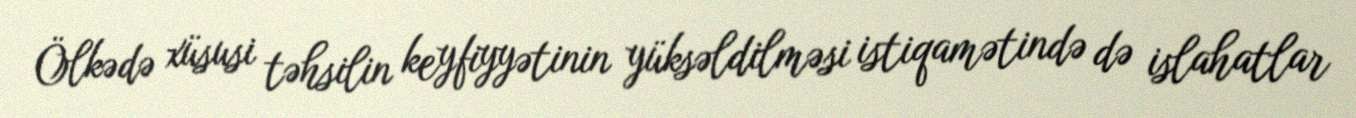
Ölkədə xüsusi təhsilin keyfiyyətinin yüksəldilməsi istiqamətində də islahatlar